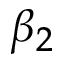
\beta _ { 2 }